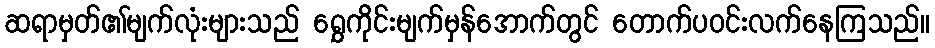
ဆရာမှတ်၏မျက်လုံးများသည် ရွှေကိုင်းမျက်မှန်အောက်တွင် တောက်ပဝင်းလက်နေကြသည်။